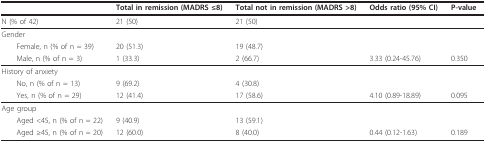
|  | Total in remission (MADRS ≤8) | Total not in remission (MADRS >8) | Odds ratio (95% CI) | P-value |
 | --- | --- | --- | --- | --- |
 | N (% of 42) | 21 (50) | 21 (50) |  |  |
 | Gender |  |  |  |  |
 | Female, n (% of n = 39) | 20 (51.3) | 19 (48.7) |  |  |
 | Male, n (% of n = 3) | 1 (33.3) | 2 (66.7) | 3.33 (0.24-45.76) | 0.350 |
 | History of anxiety |  |  |  |  |
 | No, n (% of n = 13) | 9 (69.2) | 4 (30.8) |  |  |
 | Yes, n (% of n = 29) | 12 (41.4) | 17 (58.6) | 4.10 (0.89-18.89) | 0.095 |
 | Age group |  |  |  |  |
 | Aged <45, n (% of n = 22) | 9 (40.9) | 13 (59.1) |  |  |
 | Aged ≥45, n (% of n = 20) | 12 (60.0) | 8 (40.0) | 0.44 (0.12-1.63) | 0.189 |